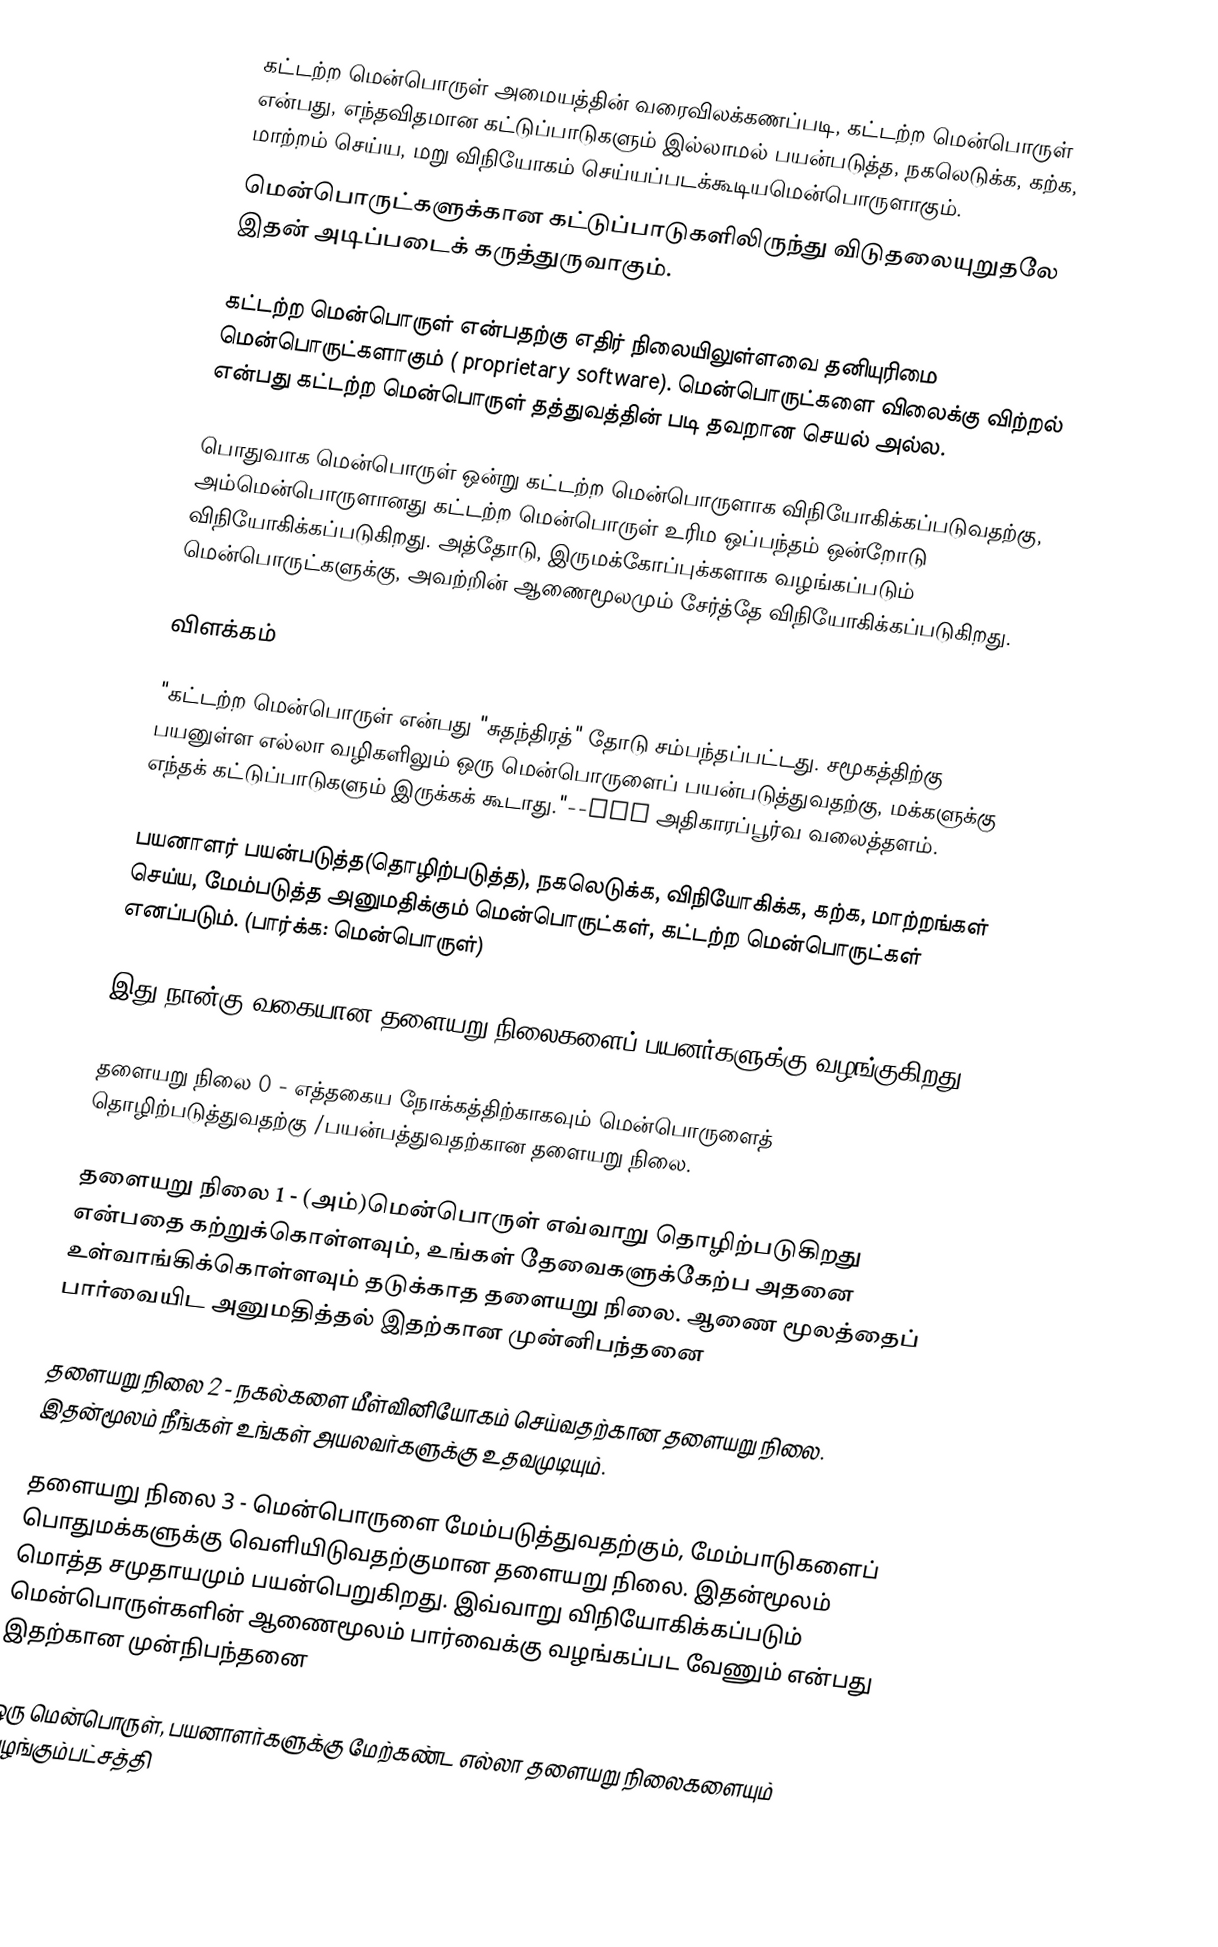
கட்டற்ற மென்பொருள் அமையத்தின் வரைவிலக்கணப்படி, கட்டற்ற மென்பொருள் என்பது, எந்தவிதமான கட்டுப்பாடுகளும் இல்லாமல் பயன்படுத்த, நகலெடுக்க, கற்க, மாற்றம் செய்ய, மறு விநியோகம் செய்யப்படக்கூடியமென்பொருளாகும்.
மென்பொருட்களுக்கான கட்டுப்பாடுகளிலிருந்து விடுதலையுறுதலே இதன் அடிப்படைக் கருத்துருவாகும்.

கட்டற்ற மென்பொருள் என்பதற்கு எதிர் நிலையிலுள்ளவை தனியுரிமை மென்பொருட்களாகும் ( proprietary software). மென்பொருட்களை விலைக்கு விற்றல் என்பது கட்டற்ற மென்பொருள் தத்துவத்தின் படி தவறான செயல் அல்ல.

பொதுவாக மென்பொருள் ஒன்று கட்டற்ற மென்பொருளாக விநியோகிக்கப்படுவதற்கு, அம்மென்பொருளானது கட்டற்ற மென்பொருள் உரிம ஒப்பந்தம் ஒன்றோடு விநியோகிக்கப்படுகிறது. அத்தோடு, இருமக்கோப்புக்களாக வழங்கப்படும் மென்பொருட்களுக்கு, அவற்றின் ஆணைமூலமும் சேர்த்தே விநியோகிக்கப்படுகிறது.

விளக்கம்

"கட்டற்ற மென்பொருள் என்பது "சுதந்திரத்" தோடு சம்பந்தப்பட்டது. சமூகத்திற்கு பயனுள்ள எல்லா வழிகளிலும் ஒரு மென்பொருளைப் பயன்படுத்துவதற்கு, மக்களுக்கு எந்தக் கட்டுப்பாடுகளும் இருக்கக் கூடாது."--GNU அதிகாரப்பூர்வ வலைத்தளம்.

பயனாளர் பயன்படுத்த(தொழிற்படுத்த), நகலெடுக்க, விநியோகிக்க, கற்க, மாற்றங்கள் செய்ய, மேம்படுத்த அனுமதிக்கும் மென்பொருட்கள், கட்டற்ற மென்பொருட்கள் எனப்படும். (பார்க்க: மென்பொருள்)

இது நான்கு வகையான தளையறு நிலைகளைப் பயனர்களுக்கு வழங்குகிறது.

 தளையறு நிலை 0 - எத்தகைய நோக்கத்திற்காகவும் மென்பொருளைத் தொழிற்படுத்துவதற்கு /பயன்பத்துவதற்கான தளையறு நிலை.

 தளையறு நிலை 1 - (அம்)மென்பொருள் எவ்வாறு தொழிற்படுகிறது என்பதை கற்றுக்கொள்ளவும், உங்கள் தேவைகளுக்கேற்ப அதனை உள்வாங்கிக்கொள்ளவும் தடுக்காத தளையறு நிலை. ஆணை மூலத்தைப் பார்வையிட அனுமதித்தல் இதற்கான முன்னிபந்தனை

 தளையறு நிலை 2 - நகல்களை மீள்வினியோகம் செய்வதற்கான தளையறு நிலை. இதன்மூலம் நீங்கள் உங்கள் அயலவர்களுக்கு உதவமுடியும்.

 தளையறு நிலை 3 - மென்பொருளை மேம்படுத்துவதற்கும், மேம்பாடுகளைப் பொதுமக்களுக்கு வெளியிடுவதற்குமான தளையறு நிலை. இதன்மூலம் மொத்த சமுதாயமும் பயன்பெறுகிறது. இவ்வாறு விநியோகிக்கப்படும் மென்பொருள்களின் ஆணைமூலம் பார்வைக்கு வழங்கப்பட வேணும் என்பது இதற்கான முன்நிபந்தனை

ஒரு மென்பொருள், பயனாளர்களுக்கு மேற்கண்ட எல்லா தளையறு நிலைகளையும் வழங்கும்பட்சத்தி